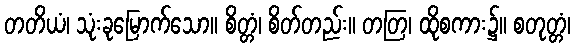
တတိယံ၊ သုံးခုမြောက်သော။ စိတ္တံ၊ စိတ်တည်း။ တတြ၊ ထိုစကား၌။ စတုတ္တံ၊